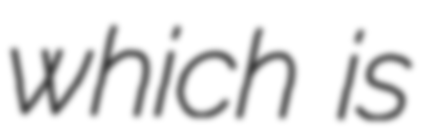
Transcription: which is